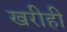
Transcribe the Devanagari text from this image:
खरीही